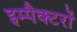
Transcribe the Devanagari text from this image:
इम्पैक्टरों